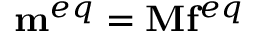
{ { \bf { m } } ^ { e q } } = { \bf { M } } { { \bf { f } } ^ { e q } }